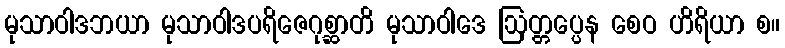
မုသာဝါဒဘယာ မုသာဝါဒပရိဇေဂုစ္ဆာတိ မုသာဝါဒေ ဩတ္တပ္ပေန စေဝ ဟိရိယာ စ။